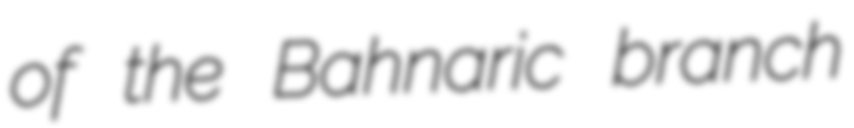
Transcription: of the Bahnaric branch